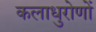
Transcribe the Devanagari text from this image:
कलाधुरोणों